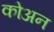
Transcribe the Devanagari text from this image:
कोअन